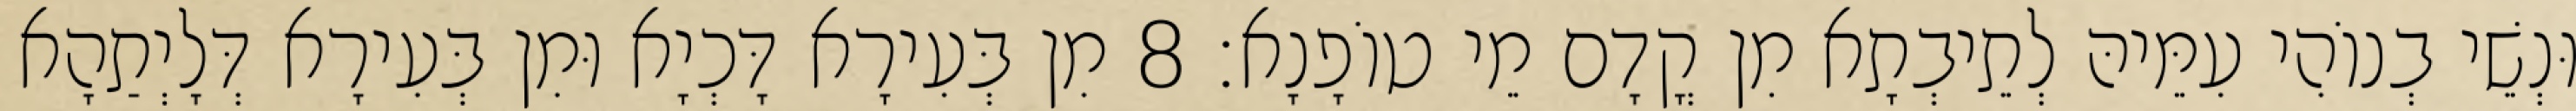
וּנְשֵׁי בְנוֹהִי עִמֵּיהּ לְתֵיבְתָא מִן קֳדָם מֵי טוֹפָנָא׃ 8 מִן בְּעִירָא דָּכְיָא וּמִן בְּעִירָא דְּלָיְתַהָא